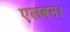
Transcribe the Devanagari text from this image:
एलबम।